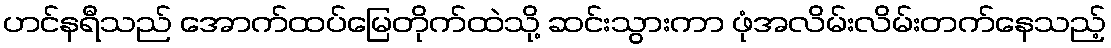
ဟင်နရီသည် အောက်ထပ်မြေတိုက်ထဲသို့ ဆင်းသွားကာ ဖုံအလိမ်းလိမ်းတက်နေသည့်